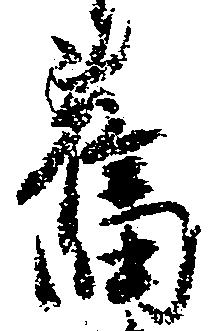
旧